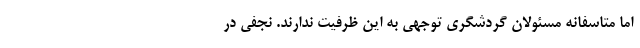
‌ اما متاسفانه مسئولان گردشگری توجهی به این ظرفیت ندارند. نجفی در